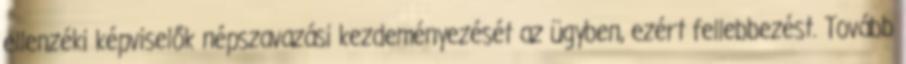
ellenzéki képviselők népszavazási kezdeményezését az ügyben, ezért fellebbezést. Tovább